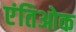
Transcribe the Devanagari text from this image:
एंतिओक